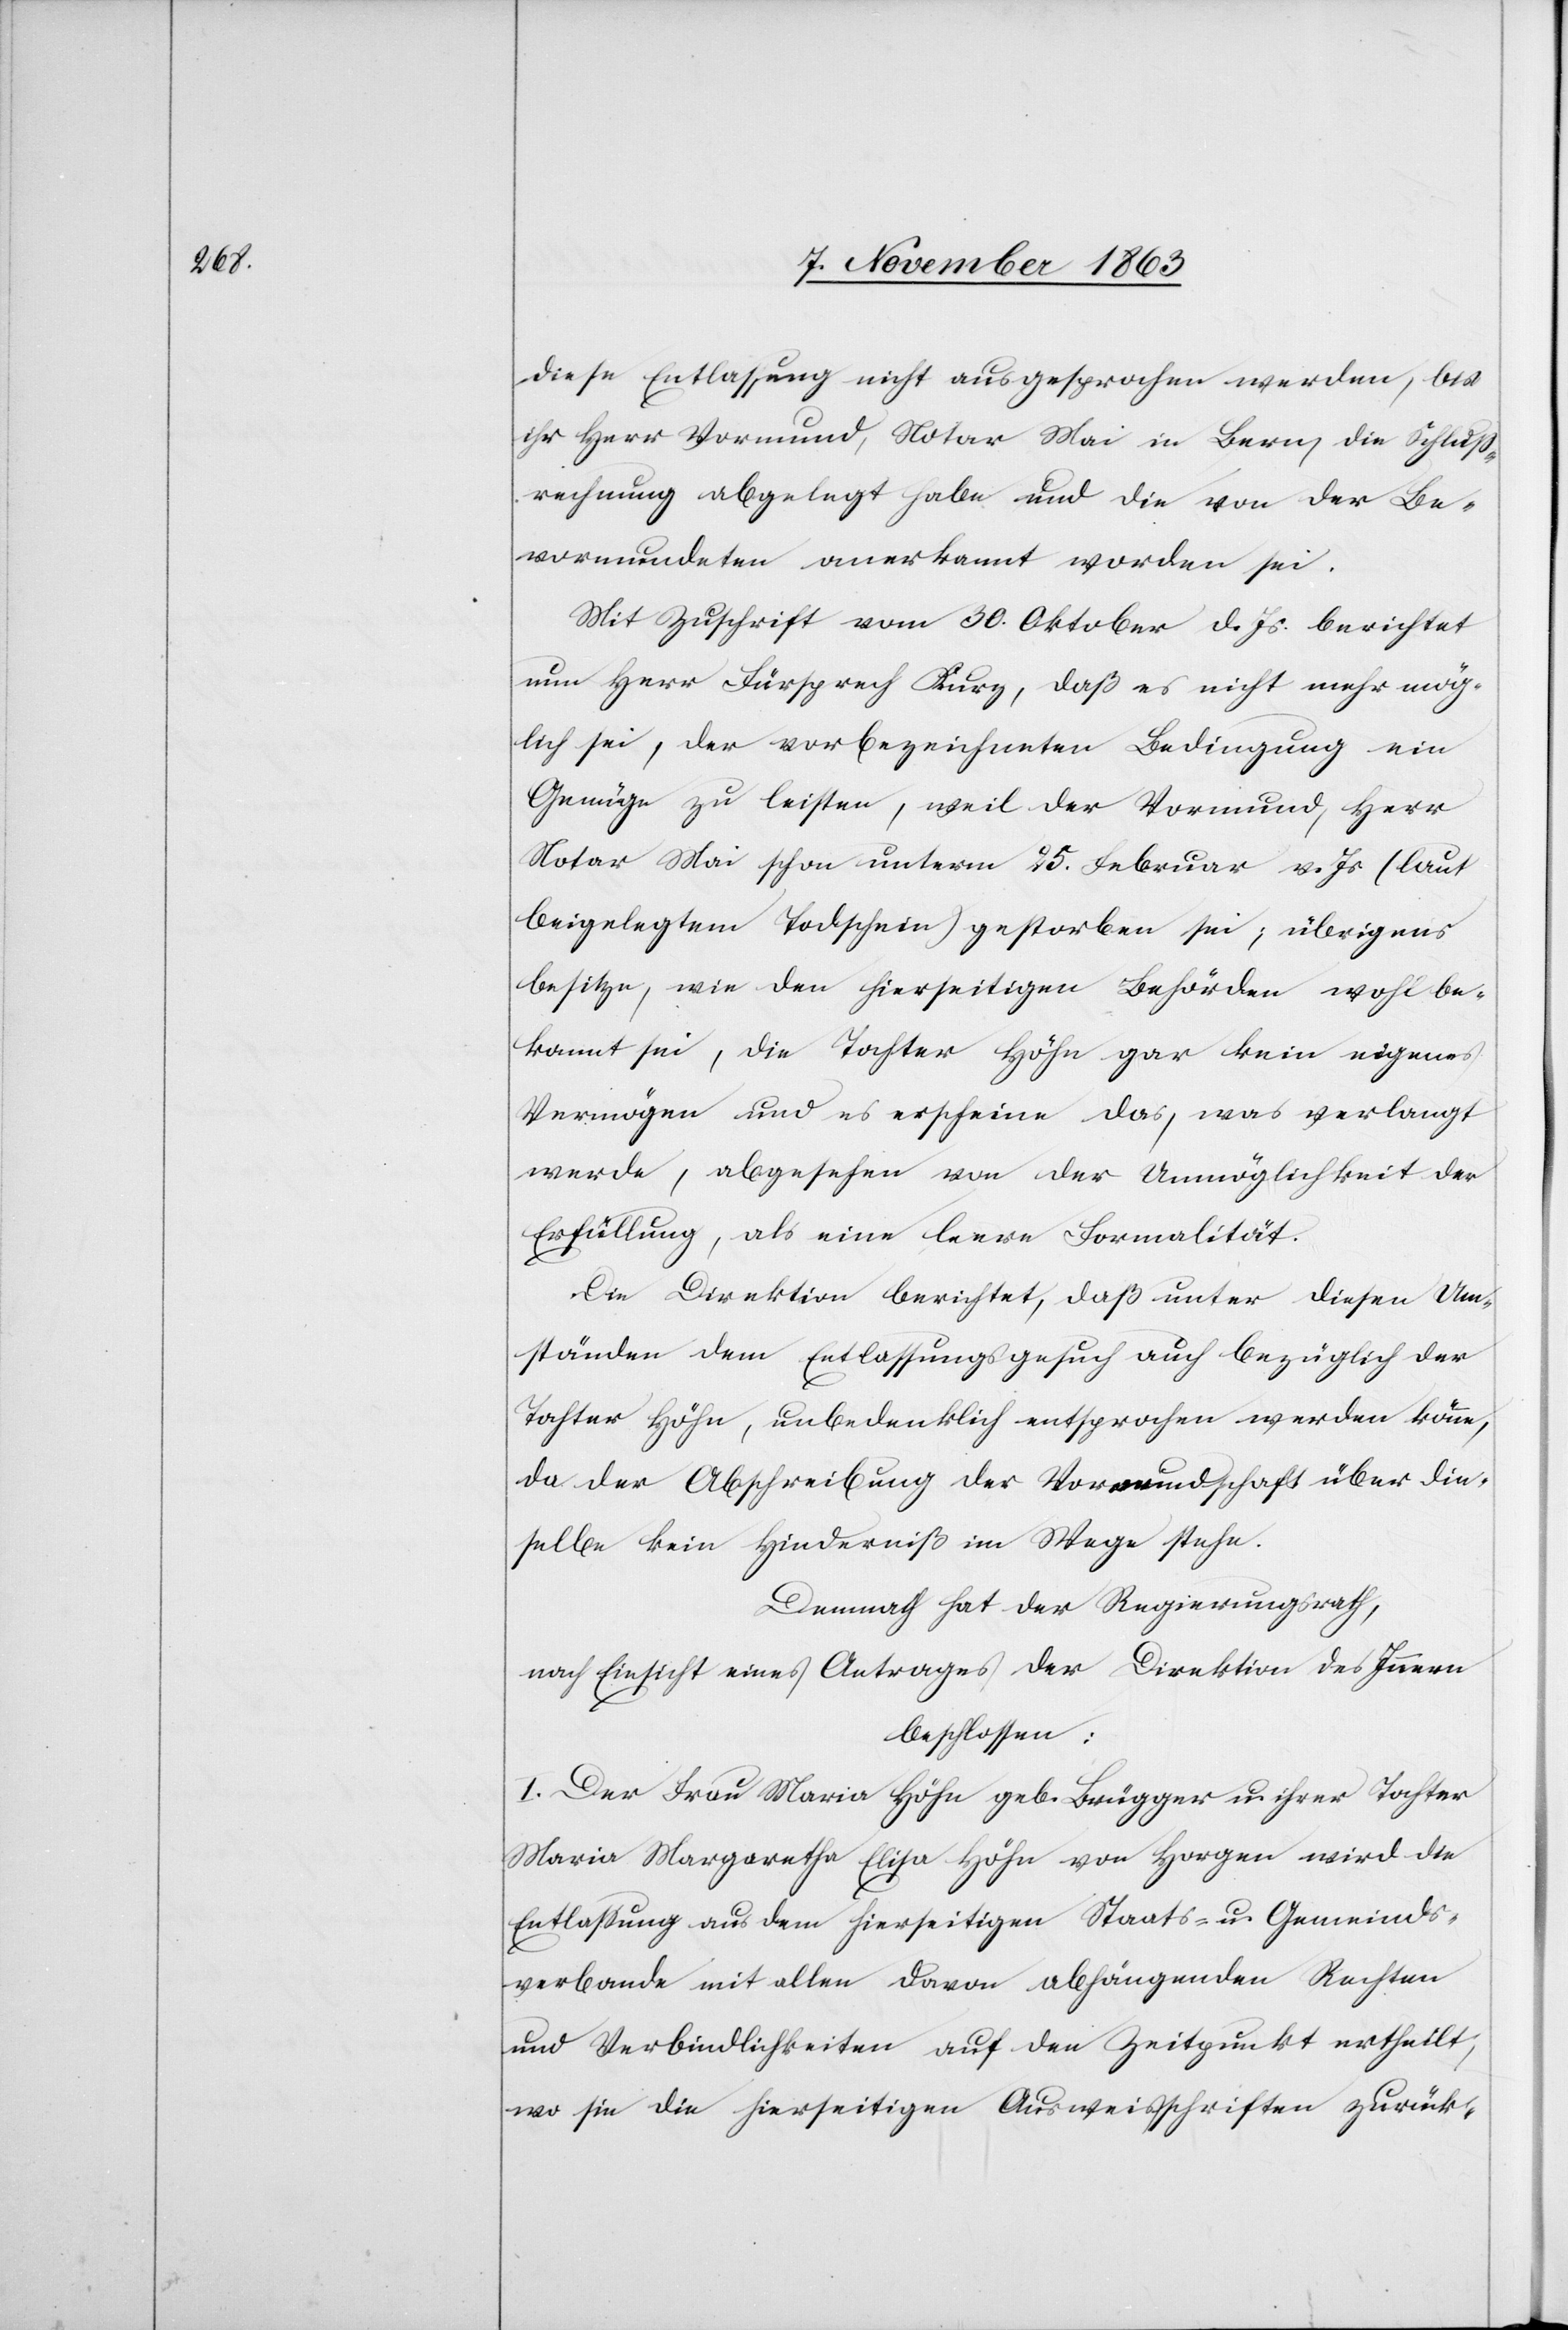
diese Entlassung nicht ausgesprochen werden, bis
ihr Herr Vormund, Notar Mai in Bern, die Schluss¬
rechnung abgelegt habe und die von der Be¬
vormundeten anerkannt worden sei.
Mit Zuschrift vom 30. Oktober d. Js. berichtet
nun Herr Fürsprech Kurz, daß es nicht mehr mög¬
lich sei, der vorbezeichneten Bedingung ein
Genüge zu leisten, weil der Vormund, Herr
Notar Mai schon unterm 25. Februar v. Js. (laut
beigelegtem Todschein) gestorben sei; übrigens
besitze, wie den hierseitigen Behörden wohl be¬
kannt sei, die Tochter Höhn gar kein eigenes
Vermögen und es erscheine das, was verlangt
werde, abgesehen von der Unmöglichkeit der
Erfüllung, als eine leere Formalität.
Die Direktion berichtet, daß unter diesen Um¬
ständen dem Entlassungsgesuch auch bezüglich der
Tochter Höhn, unbedenklich entsprochen werden könne,
da der Abschreibung der Vormundschaft über die¬
selbe kein Hinderniß im Wege stehe.
Demnach hat der Regierungsrath,
nach Einsicht eines Antrages der Direktion des Innern
beschlossen:
I. Der Frau Maria Höhn geb. Brügger u. ihrer Tochter
Maria Margaretha Elisa Höhn von Horgen wird die
Entlassung aus dem hierseitigen Staats- u. Gemeinds¬
verbande mit allen davon abhängenden Rechten
und Verbindlichkeiten auf den Zeitpunkt ertheilt,
wo sie die hierseitigen Ausweisschriften zurück-